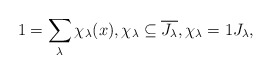
\begin{align*}1 = \sum_\lambda \chi_\lambda(x), \chi_\lambda \subseteq \overline{J_\lambda},\chi_\lambda=1J_\lambda,\end{align*}